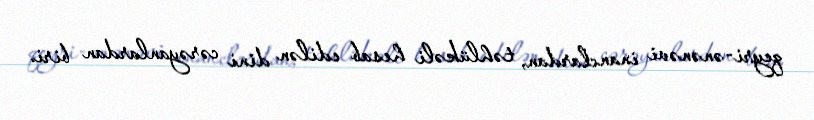
qeyri-ənənəvi inanclardan, təhlükəli hesab edilən dini cərəyanlardan biri.